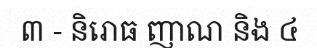
៣ - និរោធ ញាណ និង ៤